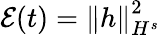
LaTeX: \mathcal{E}(t)=\left\| h\right\| _{H^{s}}^{2}